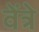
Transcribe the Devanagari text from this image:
वेंत्रे